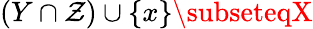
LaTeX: (Y\cap\mathcal{Z})\cup\{ x\} \subseteqX